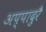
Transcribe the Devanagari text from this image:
अप्पादुरै